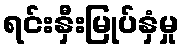
ရင်းနှီးမြုပ်နှံမှု